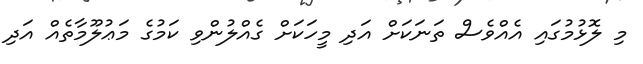
މި ލޮޅުމުގައި އެއްވެސް ތަނަކަށް އަދި މީހަކަށް ގެއްލުންވި ކަމުގެ މަޢުލޫމާތެއް އަދި